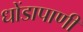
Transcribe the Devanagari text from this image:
धोंडापाणी